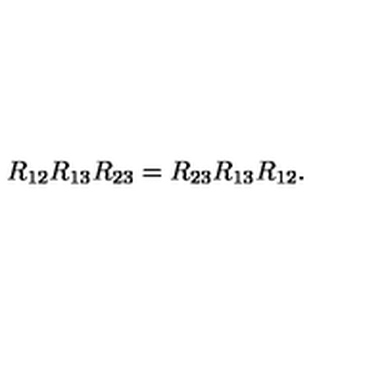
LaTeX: R _ { 1 2 } R _ { 1 3 } R _ { 2 3 } = R _ { 2 3 } R _ { 1 3 } R _ { 1 2 } .